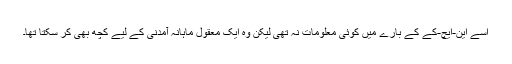
اسے این-ایچ-کے کے بارے میں کوئی معلومات نہ تھی لیکن وہ ایک معقول ماہانہ آمدنی کے لیے کچھ بھی کر سکتا تھا۔